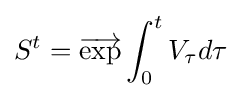
S^{t}={\overrightarrow {\mathrm {exp} }}\int _{0}^{t}V_{\tau }d\tau